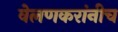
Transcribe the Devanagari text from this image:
वेलणकरांनीच